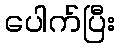
ပေါက်ပြီး